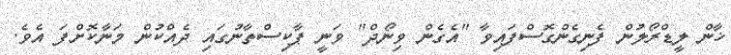
ޚާން ލީޑްރޯލުން ފެނިގެންގޮސްފައިވާ "އެގެން ވިނޯދް" ވަނީ ޕާކިސްތާނުގައި ދެއްކުން މަނާކޮށްފަ އެވެ.